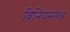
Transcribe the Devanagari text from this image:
विनियमनअ